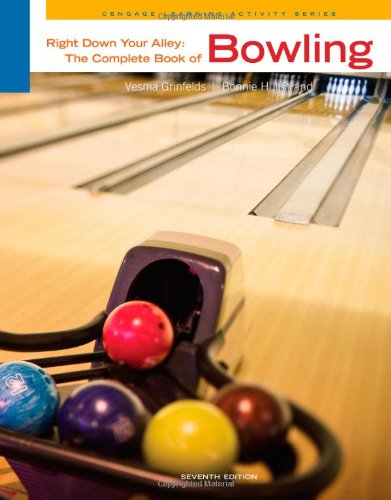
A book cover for Right Down Your Alley: The Complete Book of Bowling (Cengage Learning Activity); Vesma Grinfelds; Medical Books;